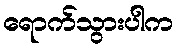
ရောက်သွားပါက